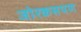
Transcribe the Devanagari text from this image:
जोरकसपण